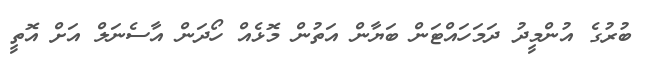
ބުރުގެ އުންމީދު ދަމަހައްޓަން ބަޔާން އަތުން މޮޅެއް ހޯދަން އާސެނަލް އަށް އޮތީ